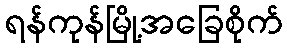
ရန်ကုန်မြို့အခြေစိုက်